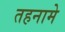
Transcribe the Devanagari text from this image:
तहनामे